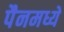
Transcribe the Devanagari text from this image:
पैनमध्ये